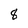
Character: 8